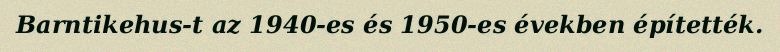
Barntikehus-t az 1940-es és 1950-es években építették.